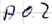
Text: A0.2